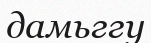
дамьггу